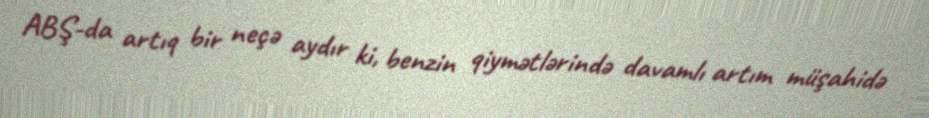
ABŞ-da artıq bir neçə aydır ki, benzin qiymətlərində davamlı artım müşahidə